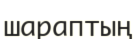
шараптың